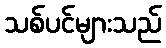
သစ်ပင်များသည်